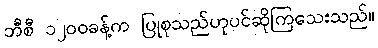
ဘီစီ ၁၂၀၀ခန့်က ပြုစုသည်ဟုပင်ဆိုကြသေးသည်။